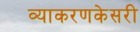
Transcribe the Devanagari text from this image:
व्याकरणकेसरी